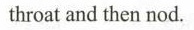
throat and then nod.